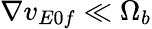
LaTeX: \nabla v_{E0f}\ll\Omega_{b}